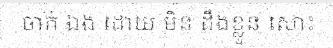
ចាក់ ឯង ដោយ មិន ដឹងខ្លួន សោះ